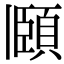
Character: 頥